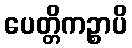
ပေတ္တိကဉ္စာပိ